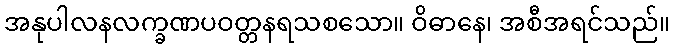
အနုပါလနလက္ခဏပဝတ္တနရသစသော။ ဝိဓာနေ၊ အစီအရင်သည်။